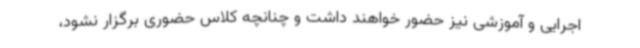
اجرایی و آموزشی نیز حضور خواهند داشت و چنانچه کلاس حضوری برگزار نشود،